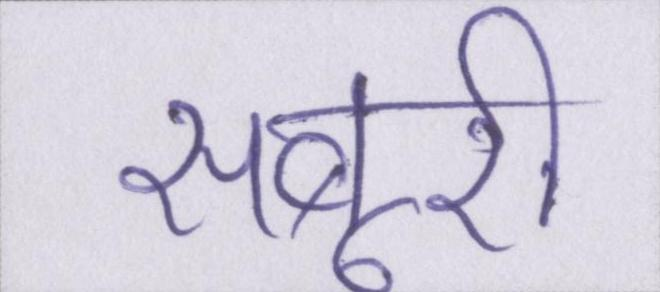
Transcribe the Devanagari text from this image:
सबूरी